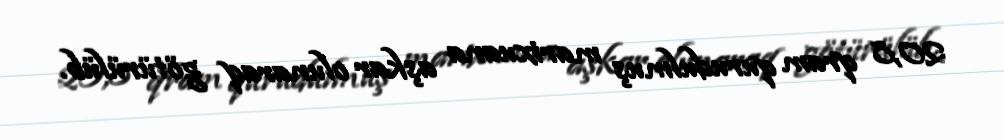
20,8 qram qurudulmuş marixuana aşkar olunaraq götürülüb.